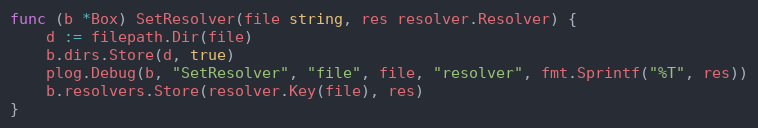
Language: Go
func (b *Box) SetResolver(file string, res resolver.Resolver) {
	d := filepath.Dir(file)
	b.dirs.Store(d, true)
	plog.Debug(b, "SetResolver", "file", file, "resolver", fmt.Sprintf("%T", res))
	b.resolvers.Store(resolver.Key(file), res)
}